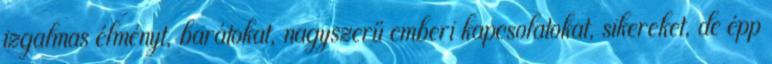
izgalmas élményt, barátokat, nagyszerű emberi kapcsolatokat, sikereket, de épp